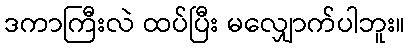
ဒကာကြီးလဲ ထပ်ပြီး မလျှောက်ပါဘူး။